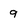
Character: 9